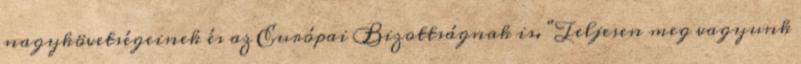
nagykövetségeinek és az Európai Bizottságnak is. "Teljesen meg vagyunk